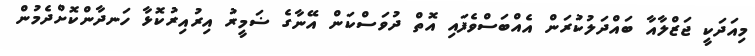
މިއަދަކީ ޖަޒްލާއާ ބައްދަލުކުރަން އެއްބަސްވެފައި އޮތް ދުވަސްކަން އޭނާގެ ޟަމީރު އިރުއިރުކޮޅާ ހަނދާންކޮށްދެމުން